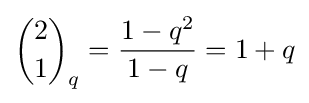
{2 \choose 1}_{q}={\frac {1-q^{2}}{1-q}}=1+q